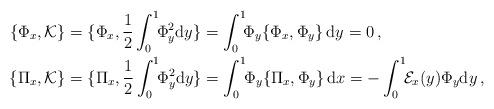
LaTeX: \begin{align*} \{\Phi_x,\mathcal{K}\} & =\{\Phi_x,\frac{1}{2}\int_0^1\!\!\Phi_y^2\mathrm{d}y\}=\int_0^1\!\!\Phi_y\{\Phi_x,\Phi_y\}\,\mathrm{d}y=0\,, \\ \{\Pi_x,\mathcal{K}\} & =\{\Pi_x,\frac{1}{2}\int_0^1\!\!\Phi_y^2\mathrm{d}y\}=\int_0^1\!\!\Phi_y\{\Pi_x,\Phi_y\}\,\mathrm{d}x=-\int_0^1\!\!\mathcal{E}_x(y)\Phi_y \mathrm{d}y\,, \end{align*}